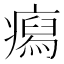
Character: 𤺎